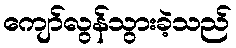
ကျော်လွန်သွားခဲ့သည်